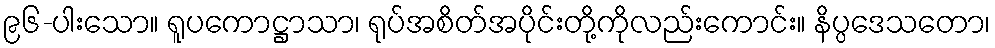
၉၆-ပါးသော။ ရူပကောဋ္ဌာသာ၊ ရုပ်အစိတ်အပိုင်းတို့ကိုလည်းကောင်း။ နိပ္ပဒေသတော၊